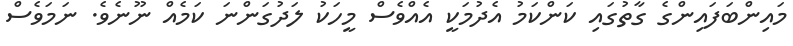
މައިންބަފައިންގެ ގާތުގައި ކަންކަމު އެދުމަކީ އެއްވެސް މީހަކު ލަދުގަންނަ ކަމެއް ނޫނެވެ. ނަމަވެސް